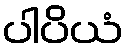
ပါပိယံ